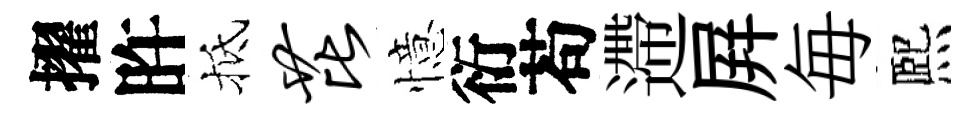
擢旿抵芘憶衍苟遰屛毎熈